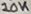
Text: 10K